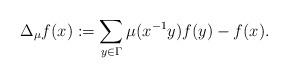
LaTeX: \begin{align*} \Delta_{\mu}f(x):=\sum_{y\in\Gamma}\mu(x^{-1}y)f(y)-f(x). \end{align*}